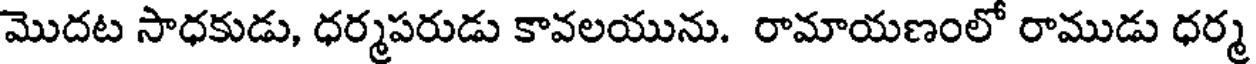
మొదట సాధకుడు, ధర్మపరుడు కావలయును. రామాయణంలో రాముడు ధర్మ